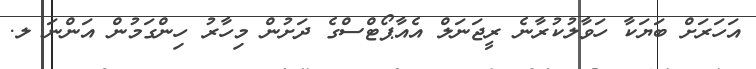
އަހަރަށް ބަޔަކާ ހަވާލުކުރާނެ ރީޖަނަލް އެއާޕޯޓްސްގެ ދަށުން މިހާރު ހިންގަމުން އަންނަ ލ.